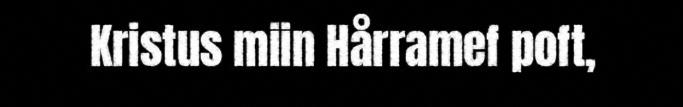
Kristus miin Hårramef poft,